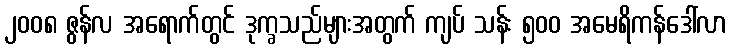
၂၀၀၈ ဇွန်လ အရောက်တွင် ဒုက္ခသည်များအတွက် ကျပ် သန်း ၅၀၀ အမေရိကန်ဒေါ်လာ